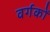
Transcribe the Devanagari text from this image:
वर्गकों